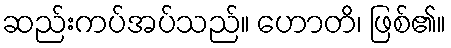
ဆည်းကပ်အပ်သည်။ ဟောတိ၊ ဖြစ်၏။